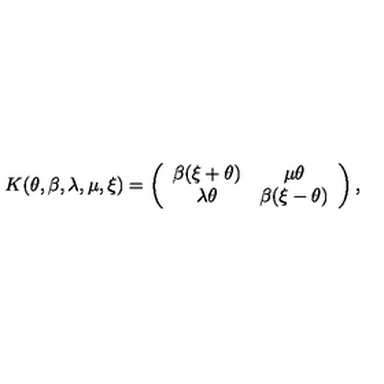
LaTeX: K ( \theta , \beta , \lambda , \mu , \xi ) = \left( \begin{array} { c c } { \beta ( \xi + \theta ) } & { \mu \theta } \\ { \lambda \theta } & { \beta ( \xi - \theta ) } \\ \end{array} \right) ,